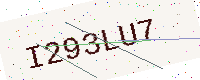
Text: I293LU7